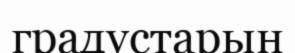
градустарын